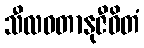
သီလဝတာနုဇီဝိတံ